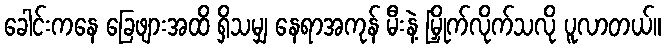
ခေါင်းကနေ ခြေဖျားအထိ ရှိသမျှ နေရာအကုန် မီးနဲ့ မြှိုက်လိုက်သလို ပူလာတယ်။